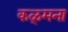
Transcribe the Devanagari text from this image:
कळ्मना